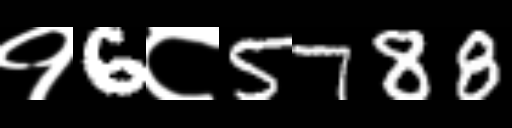
Text: १6८5788